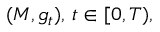
( M , g _ { t } ) , \, t \in [ 0 , T ) ,